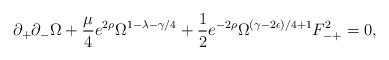
\begin{align*}\partial_+\partial_-\Omega + \frac{\mu}{4} e^{2 \rho} \Omega^{1-\lambda-\gamma/4} +\frac{1}{2}e^{-2 \rho } \Omega^{(\gamma -2\epsilon)/4 +1} F^2_{-+}=0,\end{align*}